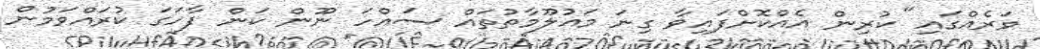
ވަރެއްގައި" ކުރިން އެއްކޮށްފައިވާ ގިނަ މައުލޫމާތުތައް ސައްހަ ނޫން ކަން ފާހަގަ ކުރައްވަމުން